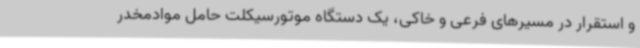
و استقرار در مسیرهای فرعی و خاکی، یک دستگاه موتورسیکلت حامل موادمخدر